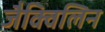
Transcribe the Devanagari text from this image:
जैक्विलिन